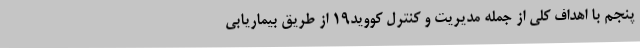
پنجم با اهداف کلی از جمله مدیریت و کنترل کووید۱۹ از طریق بیماریابی